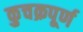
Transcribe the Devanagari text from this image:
कुचक्रपूर्ण